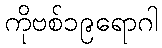
ကိုဗစ်၁၉ရောဂါ